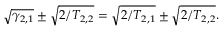
\sqrt { \gamma _ { 2 , 1 } } \pm \sqrt { 2 / T _ { 2 , 2 } } = \sqrt { 2 / T _ { 2 , 1 } } \pm \sqrt { 2 / T _ { 2 , 2 } } .